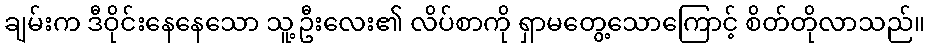
ချမ်းက ဒီဝိုင်းနေနေသော သူ့ဦးလေး၏ လိပ်စာကို ရှာမတွေ့သောကြောင့် စိတ်တိုလာသည်။